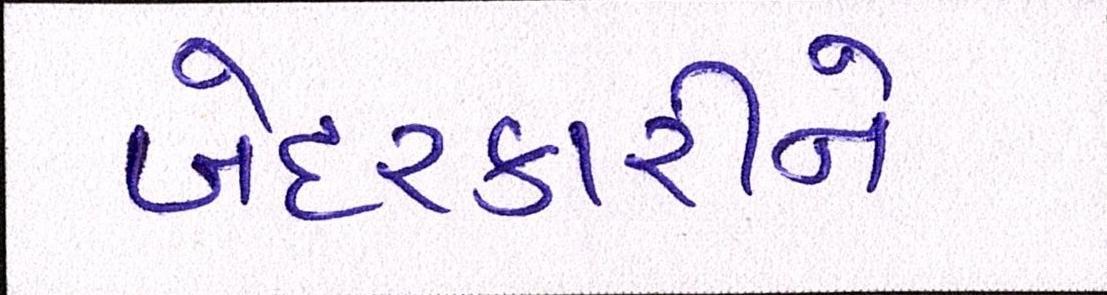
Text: બેદરકારીને